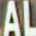
AL